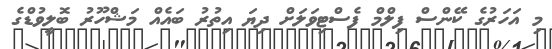
މި އަހަރުގެ ކޭންސް ފިލްމް ފެސްޓިވަލަށް ދިޔަ އިތުރު ބައެއް މަޝްހޫރު ބޮލީވުޑްގެ